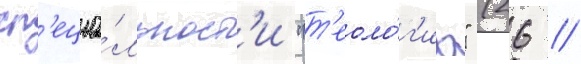
сп'ециа́льност'и "т'еоло́г'иа" (26 //